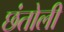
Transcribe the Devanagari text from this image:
छंतोली